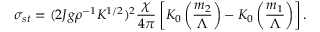
\sigma _ { s t } = ( 2 J g \rho ^ { - 1 } K ^ { 1 / 2 } ) ^ { 2 } { \frac { \chi } { 4 \pi } } \left[ K _ { 0 } \left( { \frac { m _ { 2 } } { \Lambda } } \right) - K _ { 0 } \left( { \frac { m _ { 1 } } { \Lambda } } \right) \right] .